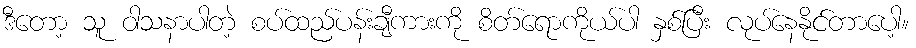
ဒီတော့ သူ ဝါသနာပါတဲ့ စပ်ထည်ပန်းချီကားကို စိတ်ရောကိုယ်ပါ နှစ်ပြီး လုပ်နေနိုင်တာပေါ့။